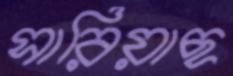
সারিয়াছ